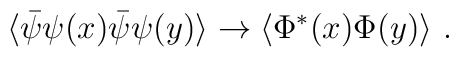
\langle \bar{\psi}\psi(x) \bar{\psi}\psi(y) \rangle \to \langle \Phi^*(x)\Phi(y) \rangle \ .